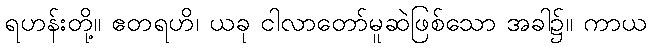
ရဟန်းတို့။ ဧတရဟိ၊ ယခု ငါလာတော်မူဆဲဖြစ်သော အခါ၌။ ကာယ